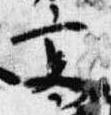
高